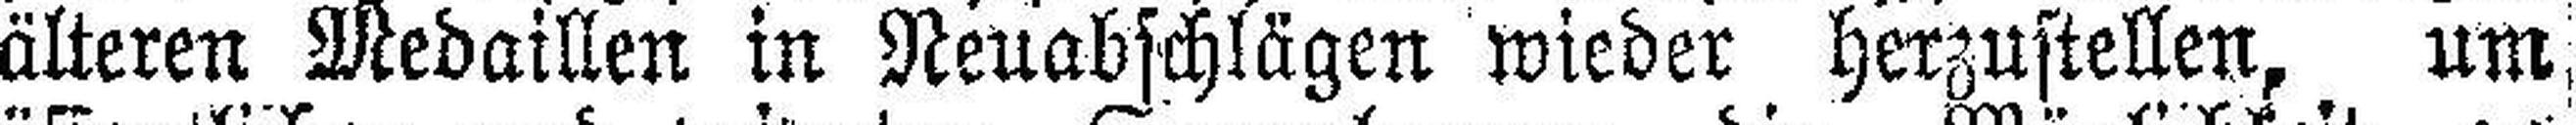
älteren Medaillen in Neuabschlägen wieder herzustellen, um